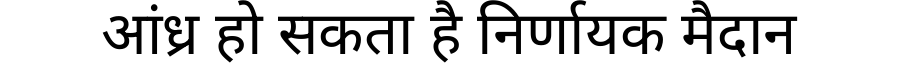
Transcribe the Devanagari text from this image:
आंध्र हो सकता है निर्णायक मैदान